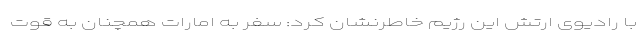
با رادیوی ارتش این رژیم خاطرنشان کرد: سفر به امارات همچنان به قوت